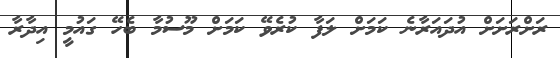
ރަށްރަށަށް އުދައަރާނެ ކަމަށް ލަފާ ކުރެވޭ ކަމަށް މޫސުމާ ބެހޭ ގައުމީ އިދާރާ